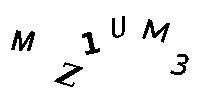
MZ1UM3